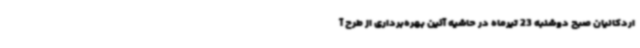
اردکانیان صبح دوشنبه 23 تیرماه در حاشیه آئین بهره‌برداری از طرح آ